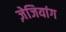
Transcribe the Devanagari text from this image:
ज़ेजियांग